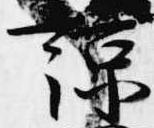
諒